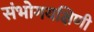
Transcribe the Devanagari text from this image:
संभोगयक्षिणी